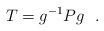
LaTeX: \begin{align*}T = g^{-1}Pg\ \ . \end{align*}